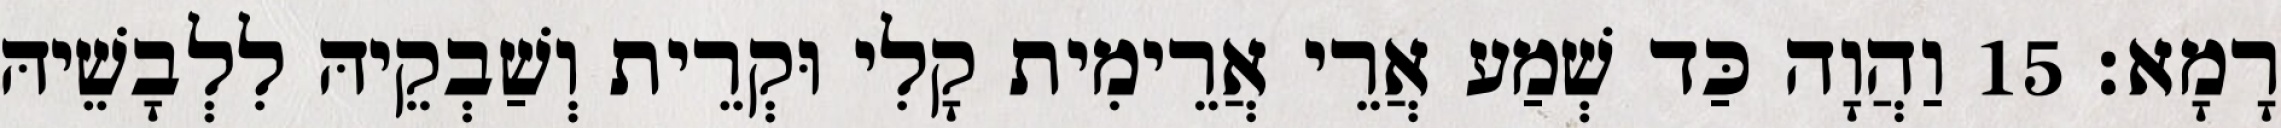
רָמָא׃ 15 וַהֲוָה כַּד שְׁמַע אֲרֵי אֲרֵימִית קָלִי וּקְרֵית וְשַׁבְקֵיהּ לִלְבָשֵׁיהּ